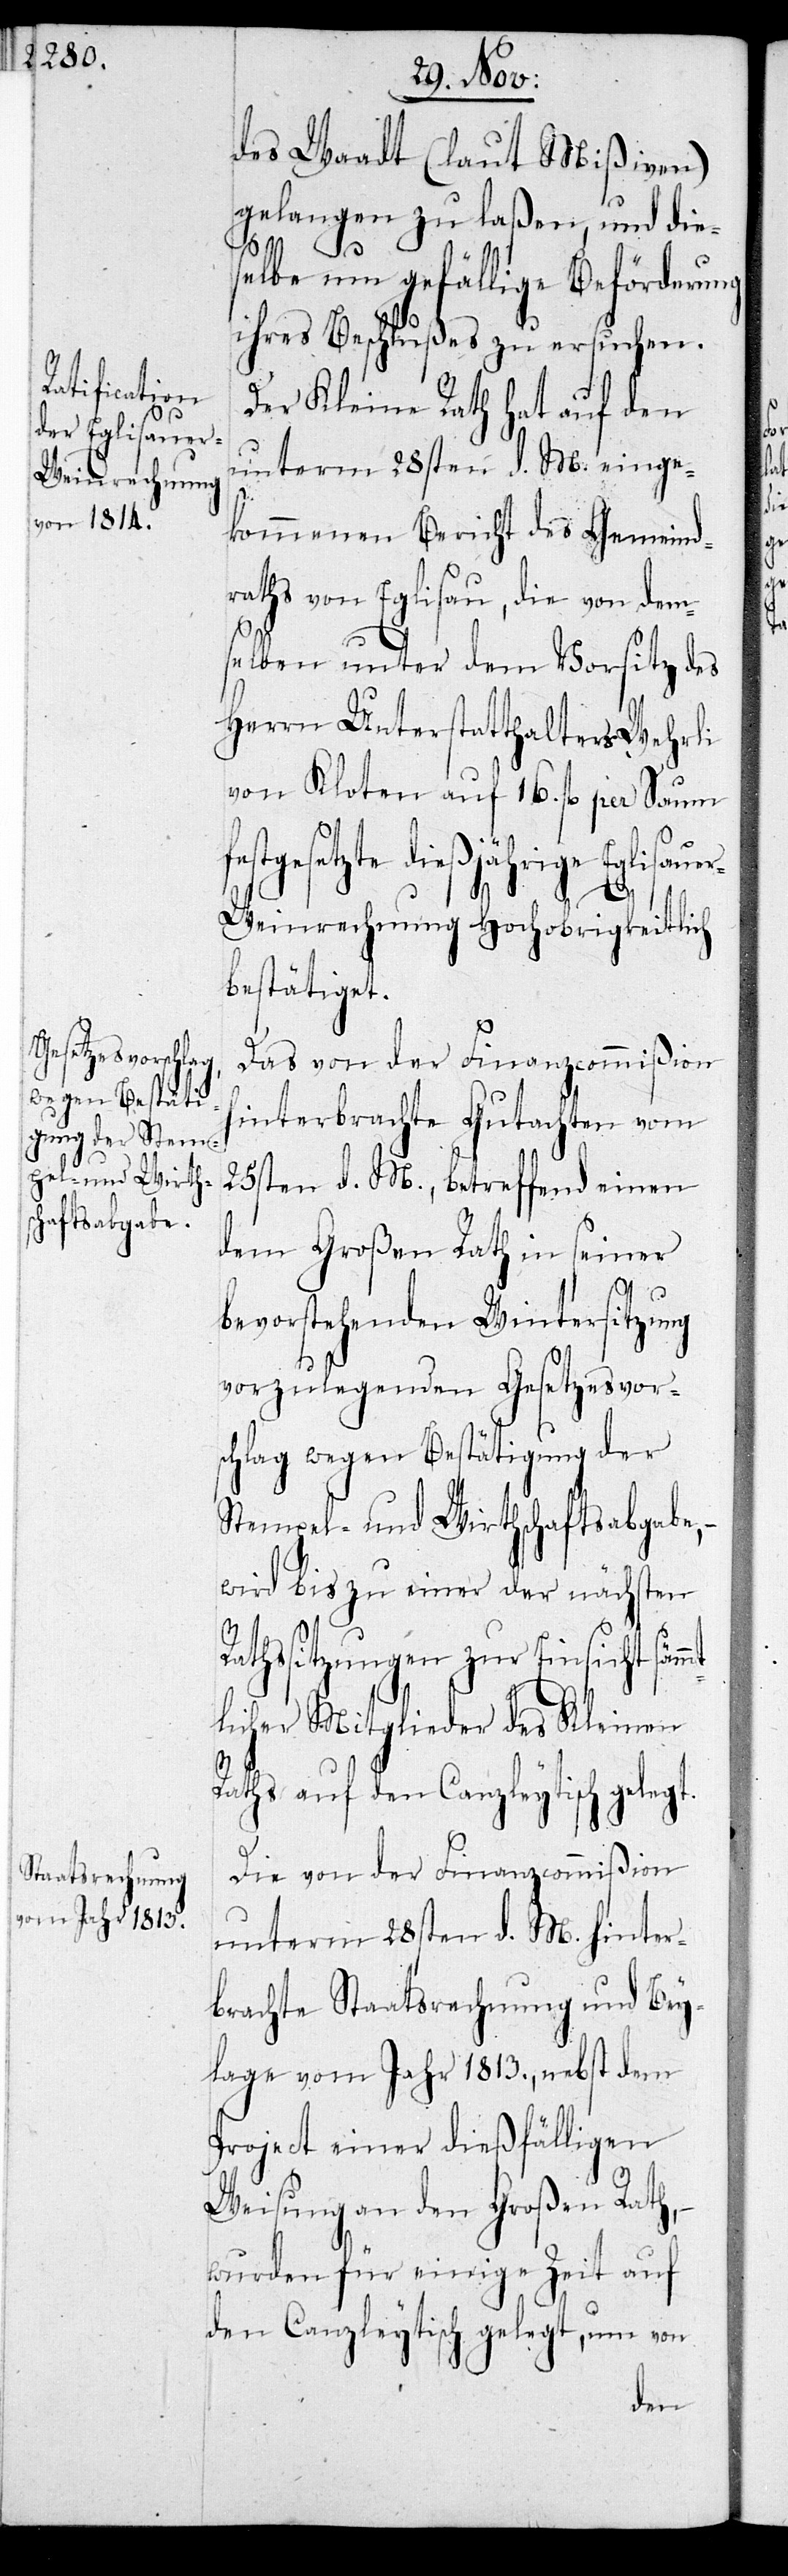
des Waadt (laut Mißiven)
gelangen zu laßen, und die¬
selbe um gefällige Beförderung
ihres Beschlußes zu ersuchen.
Der Kleine Rath hat auf den
unterm 28sten d. M. einge¬
kommenen Bericht des Gemeind¬
raths von Eglisau, die von dem¬
selben unter dem Vorsitz des
Herrn Unterstatthalters Wehrli
von Kloten auf 16. fl. per Saum
festgesetzte dießjährige Eglisauer
mt¬
Weinrechnung Hochobrigkeitlich
bestätiget.
Das von der Finanzcommißion
hinterbrachte Gutachten vom
25sten d. M., betreffend einen
dem Großen Rath in seiner
bevorstehenden Wintersitzung
vorzulegenden Gesetzesvors¬
chlag wegen Bestätigung der
Stempel- und Wirthschaftsabgabe, –
wird bis zu einer der nächsten
Rathssitzungen zur Einsicht säm¬
licher Mitglieder des Kleinen
Raths auf den Canzleytisch gelegt.
Die von der Finanzcommißion
unterm 28sten d. M. hinter¬
brachte Staatsrechnung und Bey¬
lage vom Jahr 1813., nebst dem
Project einer dießfälligen
Weisung an den Großen Rath, –
wurden für einige Zeit auf
den Canzleytisch gelegt, um von